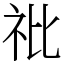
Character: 䃾